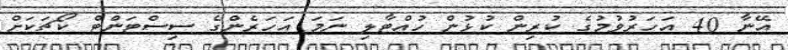
އޭނާ 40 އަހަރުވުމުގެ ކުރިން ކުޅުން ހުއްޓާލި ނަމަ އަހަރެންގެ ސިސްޓަންޓް ކޯޗަކަށް